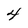
Character: 4